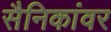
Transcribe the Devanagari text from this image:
सैनिकांवर